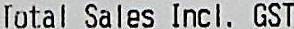
TOTAL SALES INCL. GST